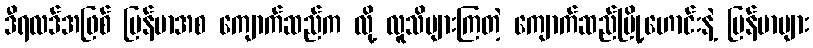
ဒီရလဒ်အဖြစ် မြန်မာအစ ကျောက်ဆည်က လို့ လူသိများကြတဲ့ ကျောက်ဆည်မြို့ဟောင်းနဲ့ မြန်မာများ